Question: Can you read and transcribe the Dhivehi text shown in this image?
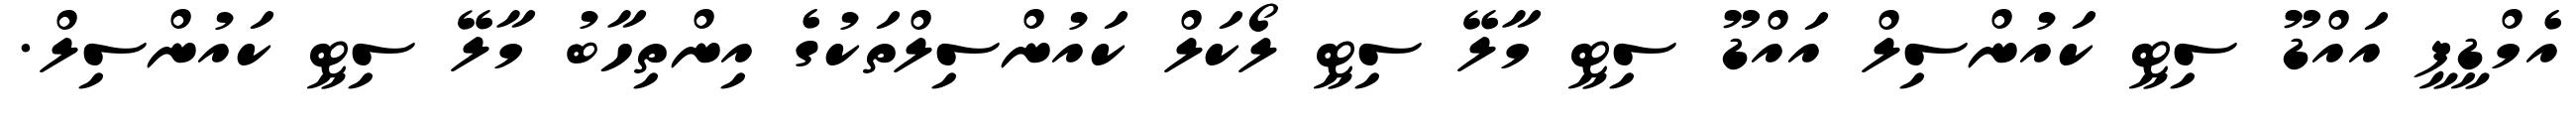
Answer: އެމްޑީޕީ އައްޑޫ ސިޓީ ކައުންސިލް އައްޑޫ ސިޓީ މާލޭ ސިޓީ ލޯކަލް ކައުންސިލްތަކުގެ އިންތިހާބު މާލޭ ސިޓީ ކައުންސިލް.